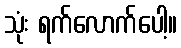
သုံး ရက်လောက်ပေါ့။